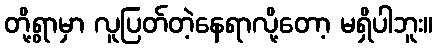
တို့ရွာမှာ လူပြတ်တဲ့နေရာလို့တော့ မရှိပါဘူး။